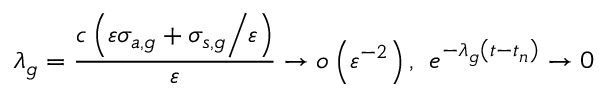
\lambda _ { g } = \frac { c \left( \varepsilon \sigma _ { a , g } + { \sigma _ { s , g } \mathord { \left/ { \vphantom { \sigma _ { s , g } \varepsilon } } \right. \kern - \nulldelimiterspace } \varepsilon } \right) } { \varepsilon } \to o \left( \varepsilon ^ { - 2 } \right) \mathrm { , } \; \; e ^ { - \lambda _ { g } \left( t - t _ { n } \right) } \to 0